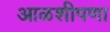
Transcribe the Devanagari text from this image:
आळशीपणा